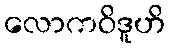
လောကဝိဒူဟိ